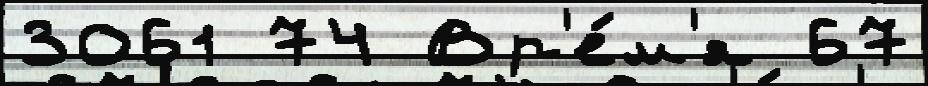
3061 74 Вр'е́м'я 67